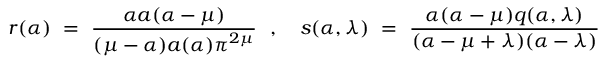
r ( \alpha ) ~ = ~ \frac { \alpha a ( \alpha - \mu ) } { ( \mu - \alpha ) a ( \alpha ) \pi ^ { 2 \mu } } { } ~ ~ , ~ ~ ~ s ( \alpha , \lambda ) ~ = ~ \frac { \alpha ( \alpha - \mu ) q ( \alpha , \lambda ) } { ( \alpha - \mu + \lambda ) ( \alpha - \lambda ) }